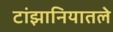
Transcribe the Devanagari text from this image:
टांझानियातले